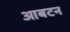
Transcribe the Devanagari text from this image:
आबटन